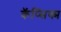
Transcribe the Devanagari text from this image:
कॅप्सिक्म